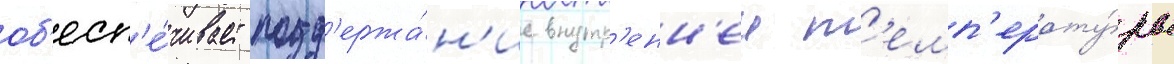
об'есп'е́чивает подд'ержа́н'ие внутр'енн'еи т'емп'ерату́ры